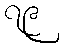
၇၉